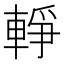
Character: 𨌢